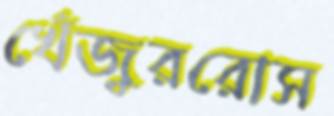
খেঁজুররোস